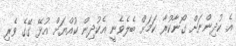
އެ ކުދިންނަށް ގޯނާކުރާ ކަމަށް ބެލެވެނީ އެކުދިން ކުއްޔަށް އުޅޭ ގޭގެ ވެރި